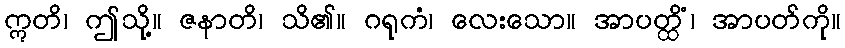
ဣတိ၊ ဤသို့။ ဇနာတိ၊ သိ၏။ ဂရုကံ၊ လေးသော။ အာပတ္ထိံ၊ အာပတ်ကို။